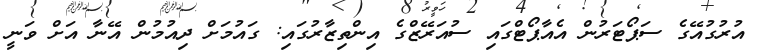
އުރުގުއޭގެ ސަޕޯޓަރުން އެއާޕޯޓްގައި ސުއަރޭޒްގެ އިންތިޒާރުގައި: ގައުމަށް ދިއުމުން އޭނާ އަށް ވަނީ